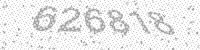
Solution: 626818